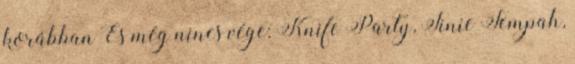
korábban És még nincs vége: Knife Party, Tinie Tempah,